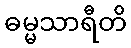
ဓမ္မသာရီတိ